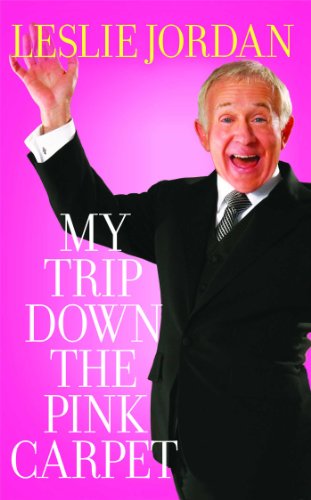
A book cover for My Trip Down the Pink Carpet; Leslie Jordan; Gay & Lesbian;